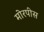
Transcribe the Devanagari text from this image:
मोरपीस